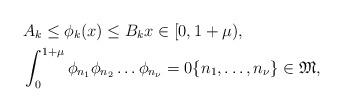
LaTeX: \begin{align*}&A_k\le \phi_k(x)\le B_k x\in [0,1+\mu),\\&\int_0^{1+\mu}\phi_{n_1}\phi_{n_2}\ldots \phi_{n_\nu}=0 \{n_1,\ldots,n_\nu\}\in {\mathfrak M},\end{align*}